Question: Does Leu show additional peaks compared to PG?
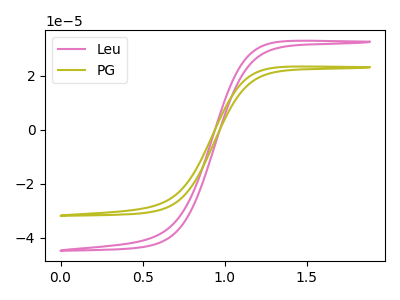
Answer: <think>The pink curve "Leu" has no peaks. The olive curve "PG" has no peaks.
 Neither "Leu" or "PG" have any peaks.</think>
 <answer>No, "Leu" and "PG" don't appear to be significantly different in shape</answer>
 <eval>no_change</eval>